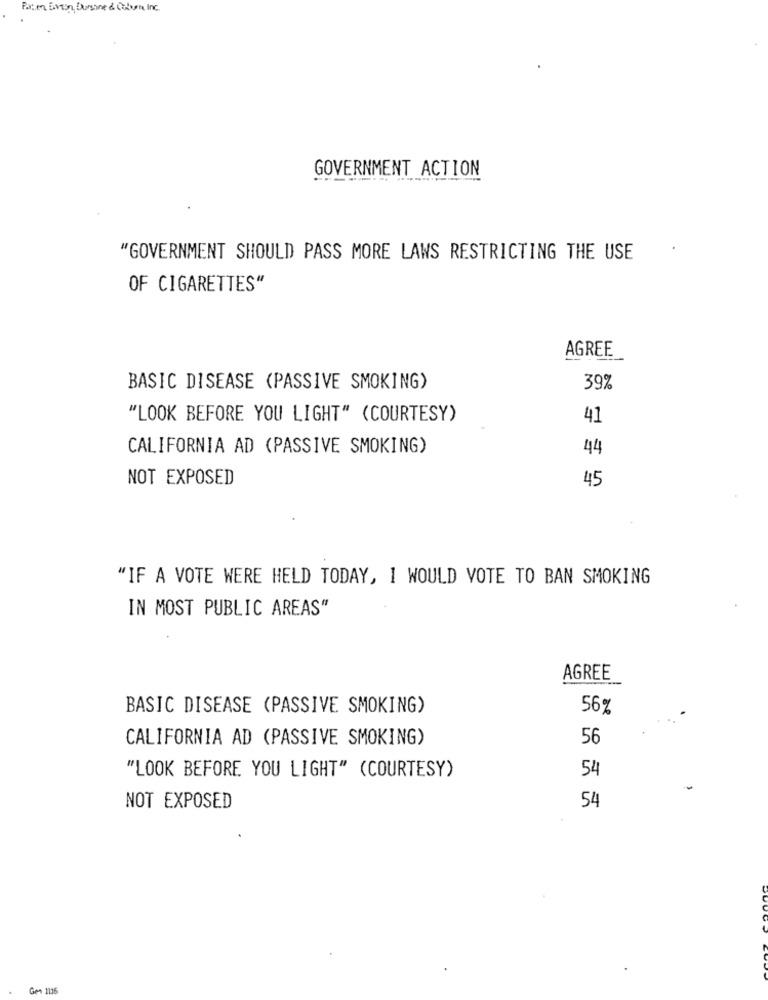
Parce Even Bursine & Colon Inc.
GOVERNMENT ACTION
----------
"GOVERNMENT SHOULD PASS MORE LAWS RESTRICTING THE USE
OF CIGARETTES"
AGREE
BASIC DISEASE (PASSIVE SMOKING)
39%
"LOOK BEFORE YOU LIGHT" (COURTESY)
41
CALIFORNIA AD (PASSIVE SMOKING)
44
NOT EXPOSED
45
"IF A VOTE WERE HELD TODAY, I WOULD VOTE TO BAN SMOKING
IN MOST PUBLIC AREAS"
AGREE
BASIC DISEASE (PASSIVE SMOKING)
56%
CALIFORNIA AD (PASSIVE SMOKING)
56
"LOOK BEFORE YOU LIGHT" (COURTESY)
54
54
NOT EXPOSED
Gen 1116